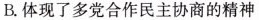
B.体现了多党合作民主协商的精神